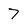
Character: 7